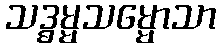
သဒ္ဓမ္မသမ္မောသာ